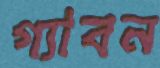
গ্যাবন